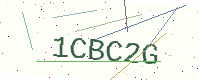
Text: 1CBC2G